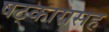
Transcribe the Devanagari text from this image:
षट्‍कारासह